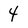
Character: 4